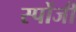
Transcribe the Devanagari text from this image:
स्पोंजी